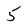
Character: 5